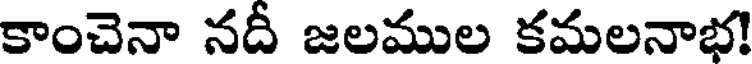
కాంచెనా నదీ జలముల కమలనాభ!